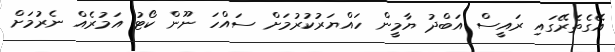
އޭގެތެރޭގައި ރައީސް އަބްދު ޔާމީން ހައްޔަރުކުރުމަށް ސައްހަ ނޫން ކޯޓު އަމުރެއް ނެރުމަށް